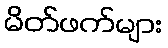
မိတ်ဖက်များ